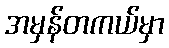
အမှန်တကယ်မှာ